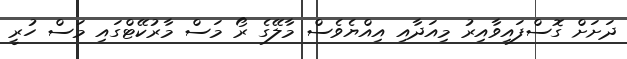
ދަށަށް ގޮސްފައިވާއިރު މިއަދާއި އިއްޔެވެސް މާލޭގެ ރޯ މަސް މާރުކޭޓްގައި މަސް ހުރީ